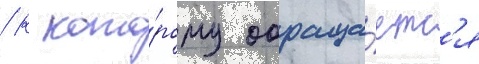
/ к кото́рому обраща́етс'я